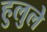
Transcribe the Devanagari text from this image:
हुलुले